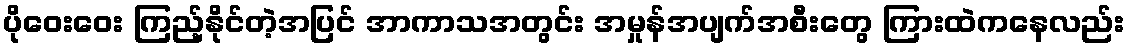
ပိုဝေးဝေး ကြည့်နိုင်တဲ့အပြင် အာကာသအတွင်း အမှုန်အပျက်အစီးတွေ ကြားထဲကနေလည်း